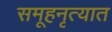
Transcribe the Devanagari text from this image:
समूहनृत्यात